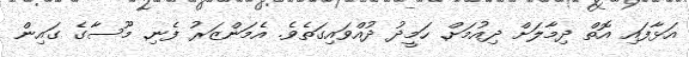
އަޅާފައި އޮތް ދިމާލަށް ދިއުމަށް